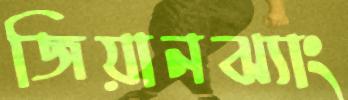
জিয়ানঝ্যাং